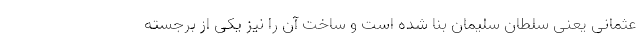
عثمانی یعنی سلطان سلیمان بنا شده است و ساخت آن را نیز یکی از برجسته